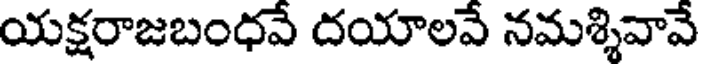
యక్షరాజబంధవే దయాలవే నమశ్శివావే